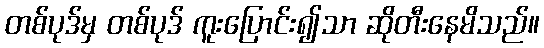
တစ်ပုဒ်မှ တစ်ပုဒ် ကူးပြောင်း၍သာ ဆိုတီးနေမိသည်။